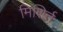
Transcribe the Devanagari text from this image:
मिशिर्त